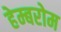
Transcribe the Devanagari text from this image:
हेम्बरोम